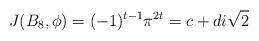
LaTeX: \begin{align*}J(B_8, \phi) = (-1)^{t-1} \pi^{2t} = c+ di\sqrt{2}\end{align*}